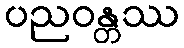
ပညဝန္တဿ